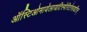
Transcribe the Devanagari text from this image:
ऑस्टिओमायेलायटिस्पेरिटोनायटिस्